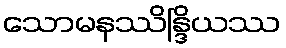
သောမနဿိန္ဒြိယဿ